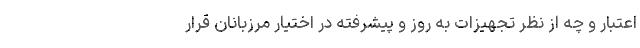
اعتبار و چه از نظر تجهیزات به روز و پیشرفته در اختیار مرزبانان قرار